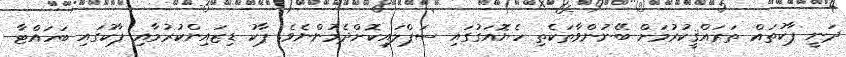
ދަނީ ޕާކުތައް ތަރައްްޤީކުރުމަށް ބޭނުންވާތަކެތި ހެޔޮއަގުގައި ސަޕްލައިކޮށްދެމުންނެވެ. ޕާކު ޑިޒައިންކުރުމާއި ޕާކުގައި ބަހައްޓާ